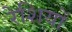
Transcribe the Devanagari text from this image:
रेशियों